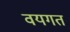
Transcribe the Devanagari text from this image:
वयगत